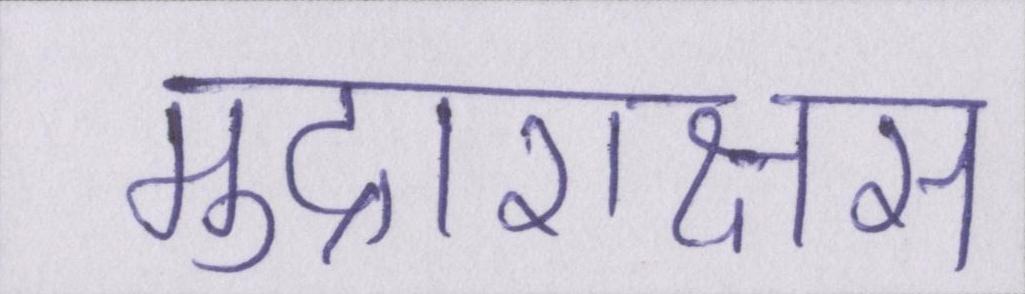
मुद्राराक्षस